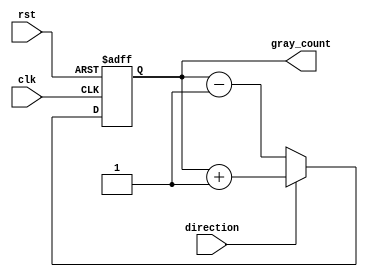
module gray_counter 
(
    input wire clk, 
    input wire rst, 
    input wire direction, 
    output reg [3:0] gray_count
);

reg [3:0] next_gray_count;

always @(posedge clk or posedge rst)
begin
    if (rst) 
        gray_count <= 4'b0000;
    else 
        gray_count <= next_gray_count;
end

always @(*)
begin
    if (direction)
        next_gray_count = gray_count + 1;
    else 
        next_gray_count = gray_count - 1;
end

endmodule